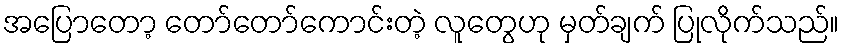
အပြောတော့ တော်တော်ကောင်းတဲ့ လူတွေဟု မှတ်ချက် ပြုလိုက်သည်။